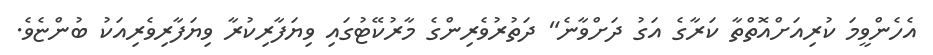
އެހެންވީމަ ކުރިއަށްއޮތްތާ ކަރާގެ އަގު ދަށްވާނެ" ދަތުރުވެރިންގެ މާރުކޭޓުގައި ވިޔަފާރިކުރާ ވިޔަފާރިވެރިއަކު ބުންޏެވެ.